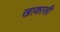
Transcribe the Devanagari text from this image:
खाकासी